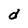
Character: d